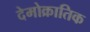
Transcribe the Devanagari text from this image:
देमोक्रातिक